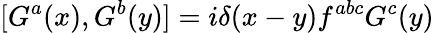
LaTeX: [G^{a}(x),G^{b}(y)]=i\delta(x-y)f^{abc}G^{c}(y)